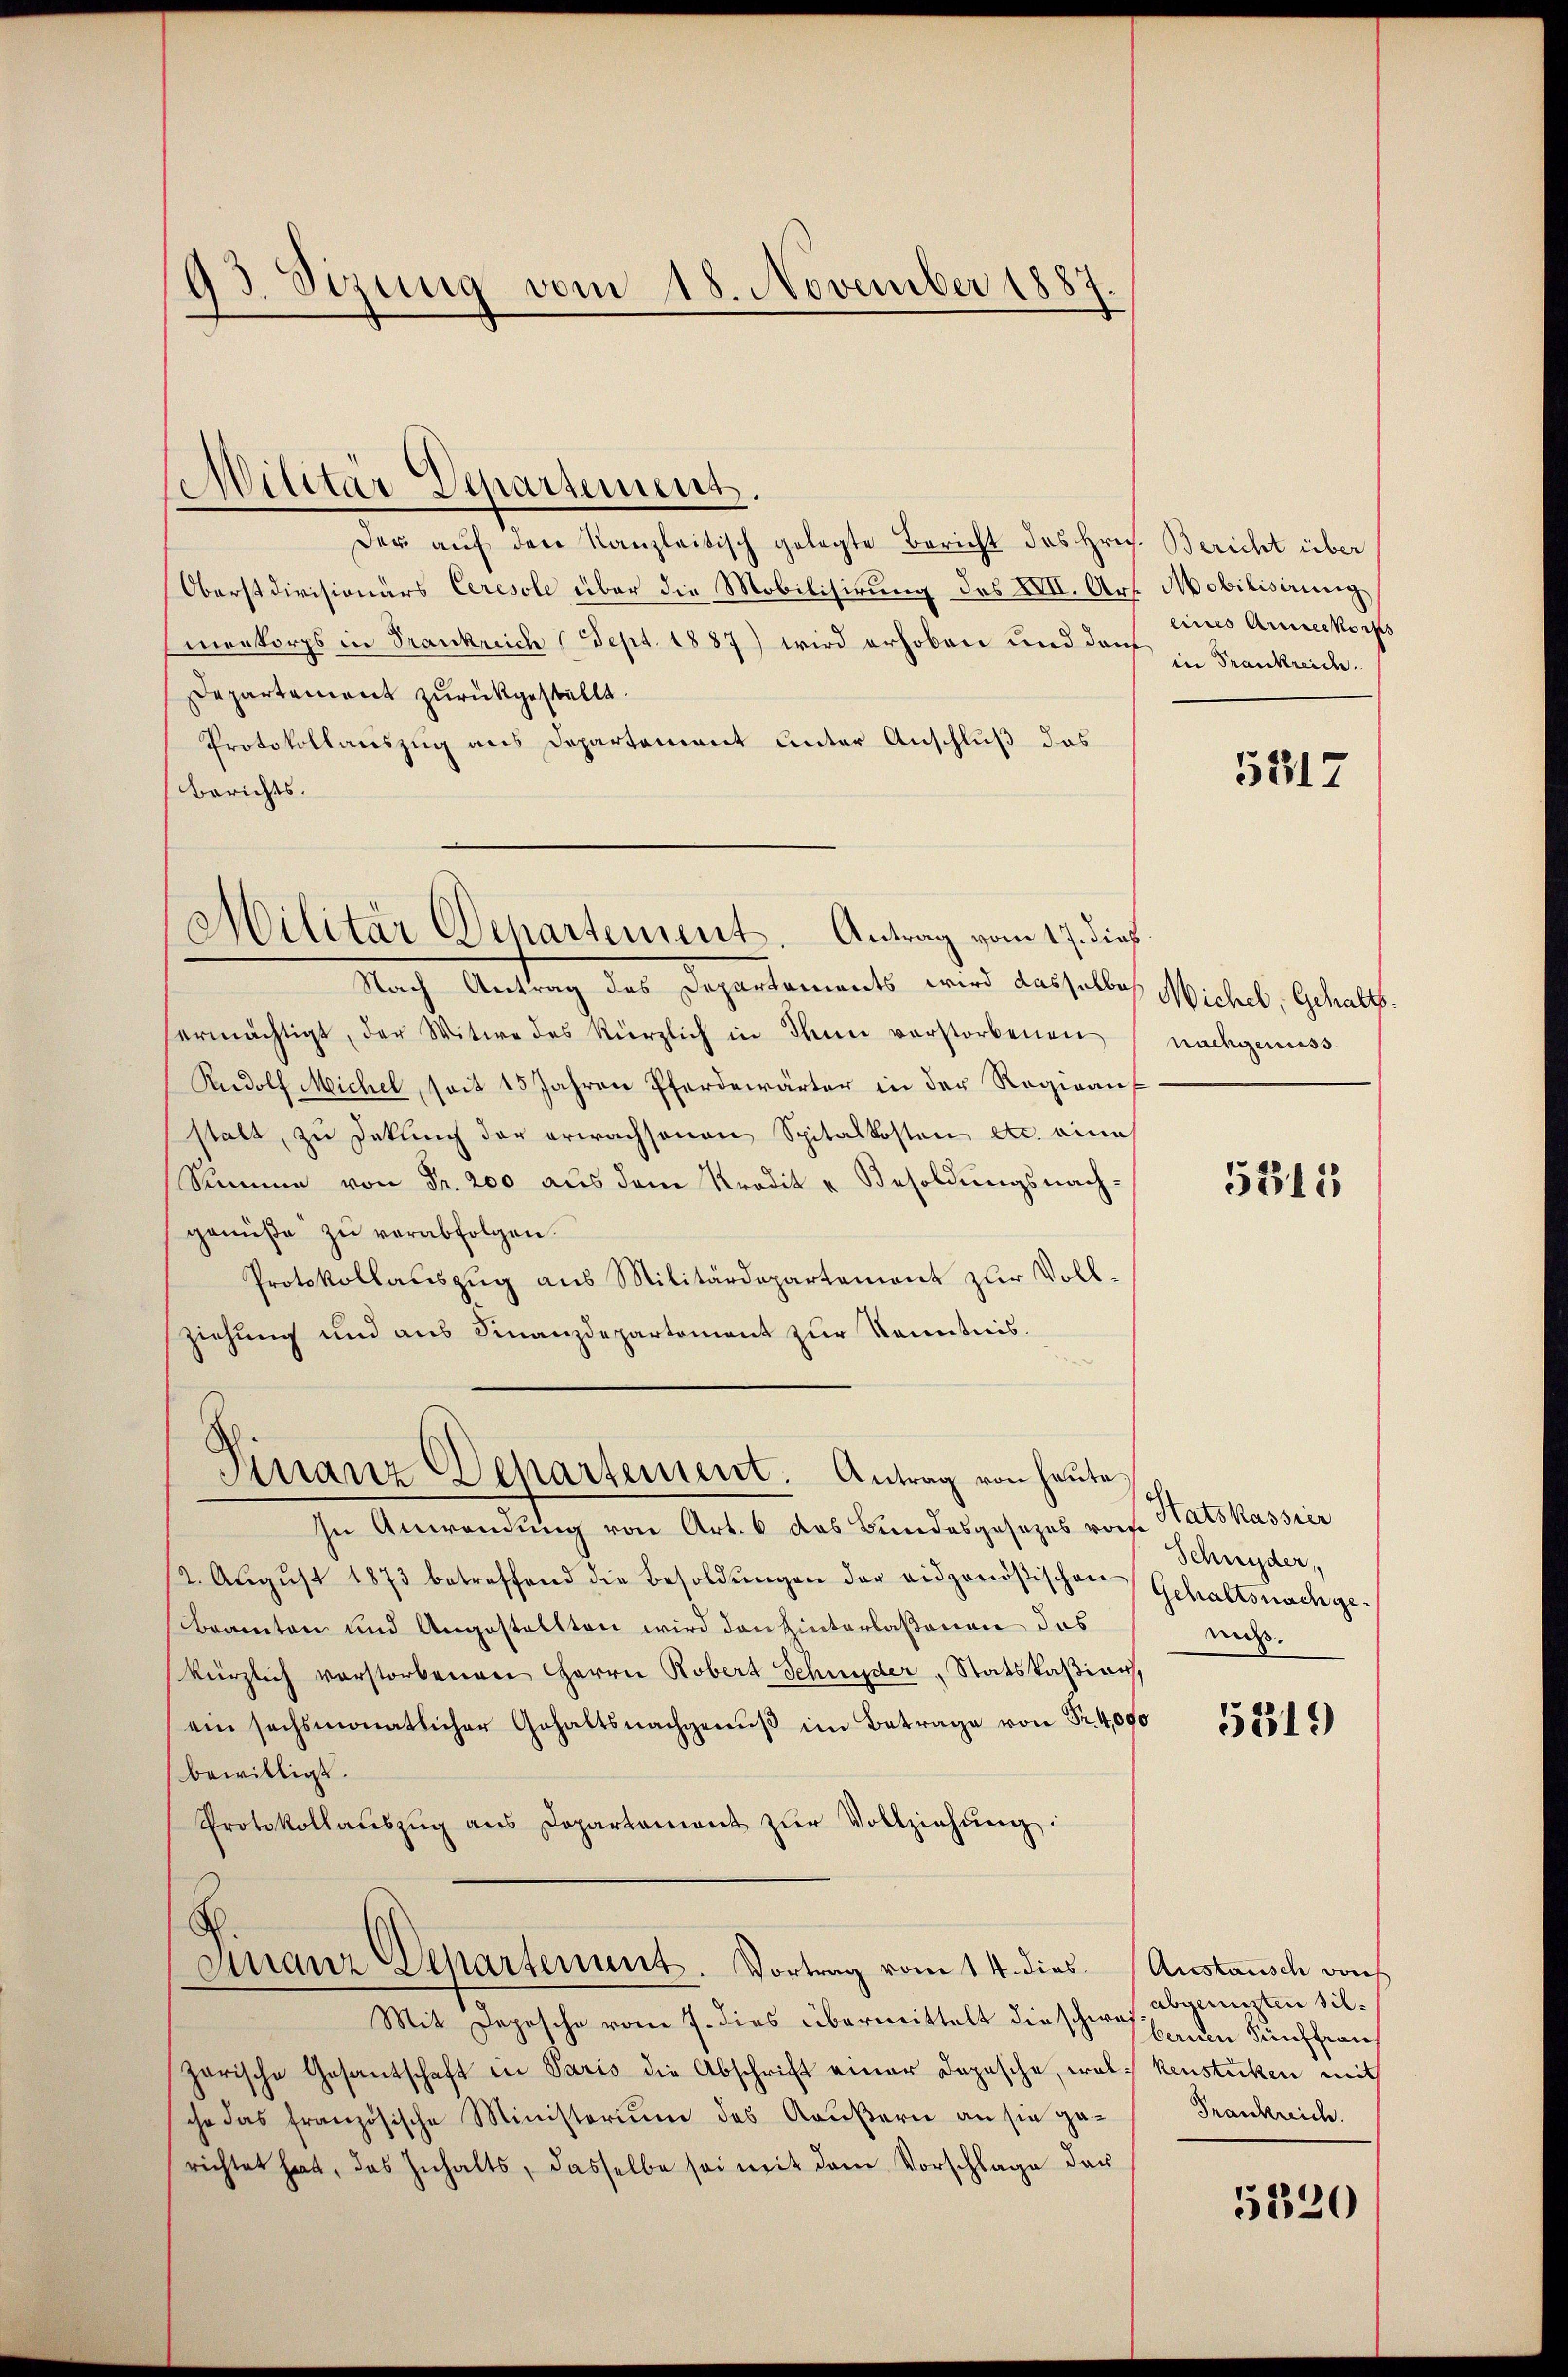
93. Sizung vom 18. November 1887.
d

Militär Departement.
Der auf den Kanzleitisch gelegte Bericht des Hrn. Bericht über
Oberstdivisionärs Ceresole über die Mobilisirung des XVII. Art.
menkorps in Trankreich (Sept. 1887) wird erhoben und darf in Frankreich¬
Departement zurückgestellt.
Protokollauszug aus Departement unter Anschluß das
Berichts.
Nach Antrag des Dozentementes wird das solche Wickel, Gesandt.
hermächtigt, der Witwe des kürzlich in den verstorbenen
Rudolf Michel, seit 15 Jahren Pferdewärter in der Regieauf
stalt, zu Deklich der erwachsenen Spitalkosten etc. eine
Summe von Fr. 200 aus dem Kredit - Besoldungsnachgenüße zu verabfolgen.
Protokollauszug aus Militärdepartement zur Vollziehung und aus Finanzdepartement zur Kenntnis.
Finanz-Departement. Antrag von heute
In Anwendung von Art. 6 das Bundesgesezes vorse
(2. Aŭgŭst 1873 betreffend die Besoldŭngen der eidgenößischen Gehaltsnachge-
beamten und Angestellten wird den Hinterlaßenen das
kürzlich verstorbenen Herrn Robert Schnyder, Statskaßian,
ein sechsmonatlicher Gehaltsnachgenuß im Betrage von Fr. 4,000
bewilligt.
Protokollaŭszŭg ans Departement zŭr Vollziehŭng:
E
Finanz Departement. Vortrag vom 14. dies Anstausch von
Mit Depesche vom 7. dies übermittelt die schwebenen Fünffran
garische Gesantschaft in Paris die Abschrift einer Depesche, wol kenstücken mit
che das französische Ministerium des Aeußern an sie ga-Frankreich.
richtet hat, das Inhalts, dasselbe sei mit dem Vorschlage der

Militär Departement. Antrag vom 17. dieß

Mobilisirung
eines Anerkorps

5217

nachgenuss.

5311

Satskassier
Schnyder,
miß.

5319

abgerüsten Sil¬

5820